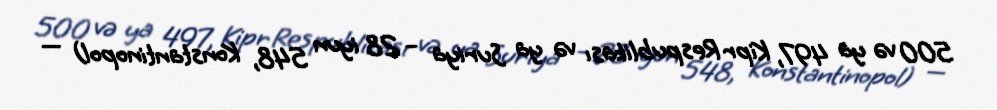
500 və ya 497, Kipr Respublikası və ya Suriya – 28 iyun 548, Konstantinopol) —